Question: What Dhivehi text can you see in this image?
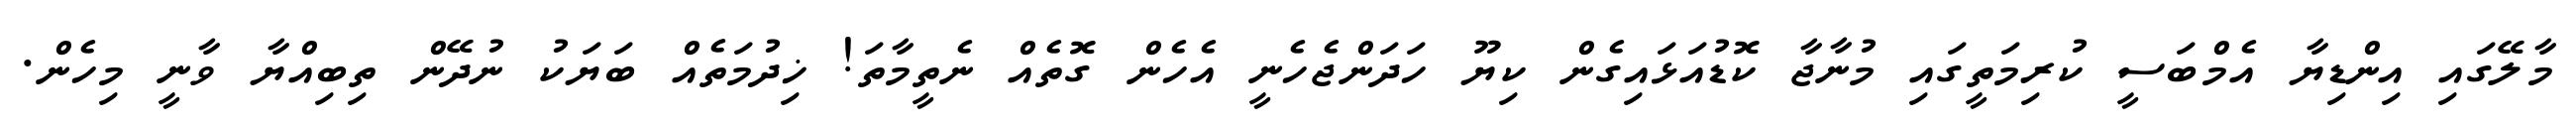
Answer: މާލޭގައި އިންޑިޔާ އެމްބަސީ ކުރިމަތީގައި މުނާޖާ ކޮޑުއަޅައިގެން ކިޔޫ ހަދަންޖެހެނީ އެހެން ގޮތެއް ނެތީމާތަ! ޚިދުމަތެއް ބަޔަކު ނުދޭން ތިބިއްޔާ ވާނީ މިހެން.